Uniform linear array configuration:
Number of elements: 24
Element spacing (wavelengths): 0.75
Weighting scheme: uniform
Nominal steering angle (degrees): -15
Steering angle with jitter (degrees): -14.75
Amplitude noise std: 0.05
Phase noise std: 0.05

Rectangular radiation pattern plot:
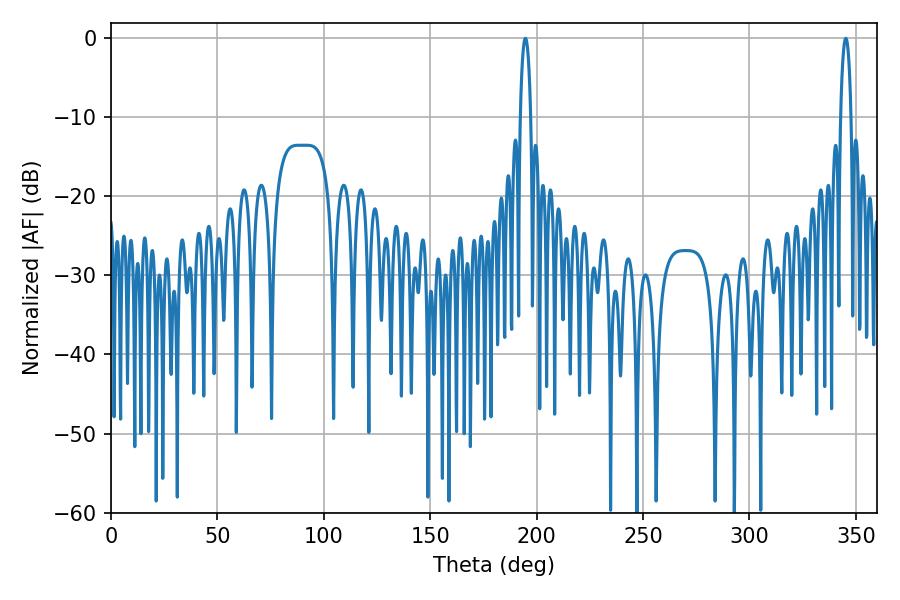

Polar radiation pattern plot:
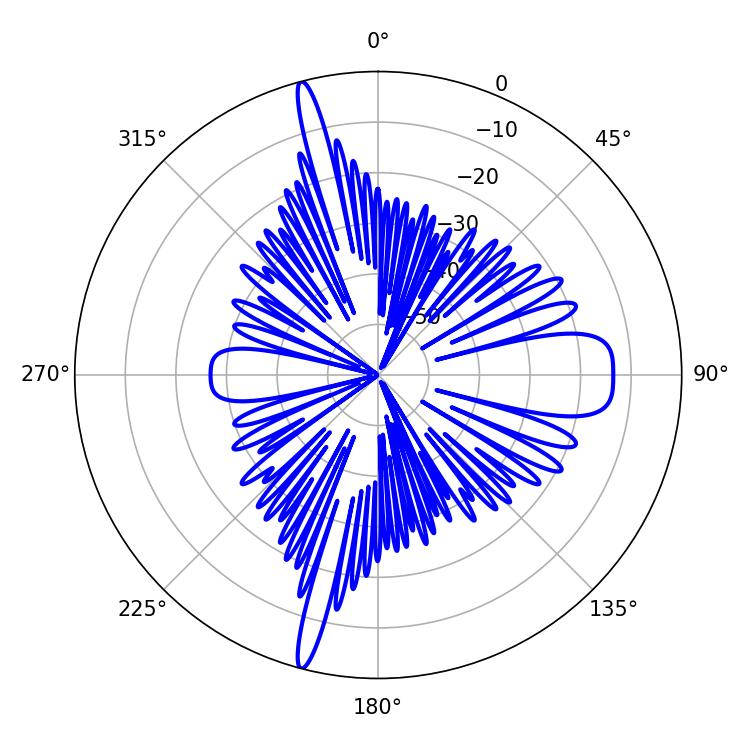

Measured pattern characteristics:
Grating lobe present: TRUE
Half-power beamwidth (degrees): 2.7
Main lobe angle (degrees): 194.76